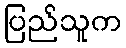
ပြည်သူက